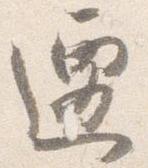
遷